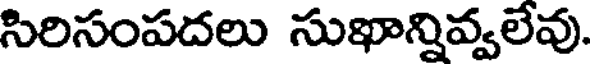
సిరిసంపదలు సుఖాన్నివ్వలేవు.